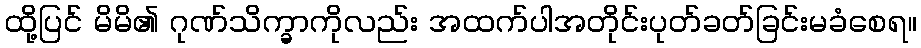
ထို့ပြင် မိမိ၏ ဂုဏ်သိက္ခာကိုလည်း အထက်ပါအတိုင်းပုတ်ခတ်ခြင်းမခံစေရ။